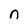
Character: n